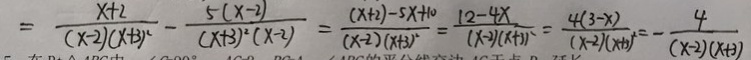
= \frac { x + 2 } { ( x - 2 ) ( x + 3 ) ^ { 2 } } - \frac { 5 ( x - 2 ) } { ( x + 3 ) ^ { 2 } ( x - 2 ) } = \frac { ( x + 2 ) - 5 x + 1 0 } { ( x - 2 ) ( x + 3 ) ^ { 2 } } = \frac { 1 2 - 4 x } { ( x - 2 ) ( x + 1 ) } = \frac { 4 ( 3 - x ) } { ( x - 2 ) ( x + 2 ) } = - \frac { 4 } { ( x - 2 ) ( x + 2 ) }